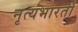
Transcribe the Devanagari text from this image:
नृत्यभारती